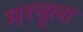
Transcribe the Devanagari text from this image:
मरचूला